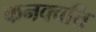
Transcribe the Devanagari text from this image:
कनक्वति